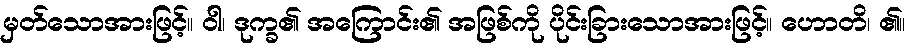
မှတ်သောအားဖြင့်။ ဝါ၊ ဒုက္ခ၏ အကြောင်း၏ အဖြစ်ကို ပိုင်းခြားသောအားဖြင့်။ ဟောတိ၊ ၏။